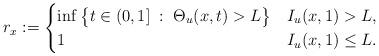
LaTeX: \begin{gather*}r_x := \begin{cases}\inf\big\{ t\in(0,1] \;:\;\Theta_u(x,t) > L \big\}& I_u(x,1)>L,\\1 & I_u(x,1)\leq L.\end{cases}\end{gather*}